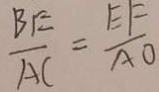
\frac { B E } { A C } = \frac { E F } { A O }